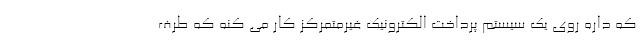
که داره روی یک سیستم پرداخت الکترونیک غیرمتمرکز کار می کنه که طرف